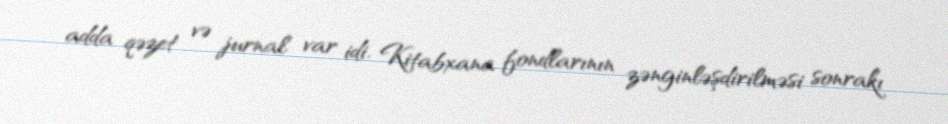
adda qəzet və jurnal var idi. Kitabxana fondlarının zənginləşdirilməsi sonrakı